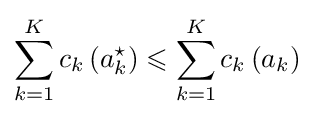
\sum _{k=1}^{K}c_{k}\left(a_{k}^{\star }\right)\leqslant \sum _{k=1}^{K}c_{k}\left(a_{k}\right)